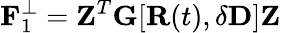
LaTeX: {\mathbf F}_{1}^{\perp}={\mathbf Z}^{T}{\mathbf G}[{\mathbf R}(t),\delta{\mathbf D}]{\mathbf Z}